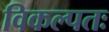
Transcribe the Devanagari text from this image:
विकल्पतः